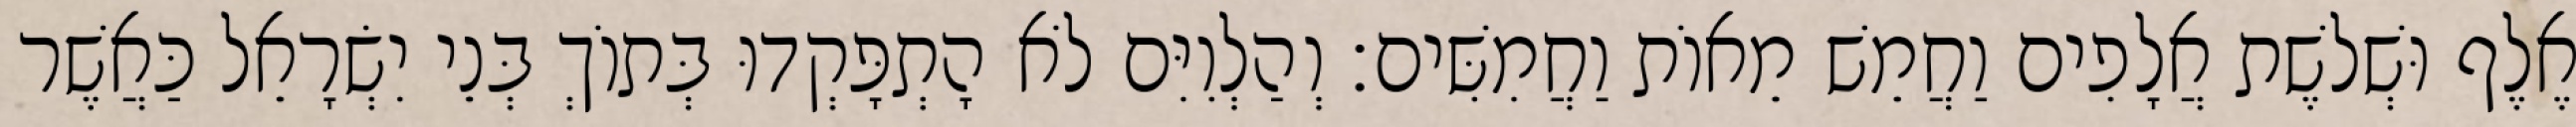
אֶלֶף וּשְׁלשֶׁת אֲלָפִים וַחֲמֵשׁ מֵאוֹת וַחֲמִשִּׁים׃ וְהַלְוִיִּם לֹא הָתְפָּקְדוּ בְּתוֹךְ בְּנֵי יִשְׂרָאֵל כַּאֲשֶׁר